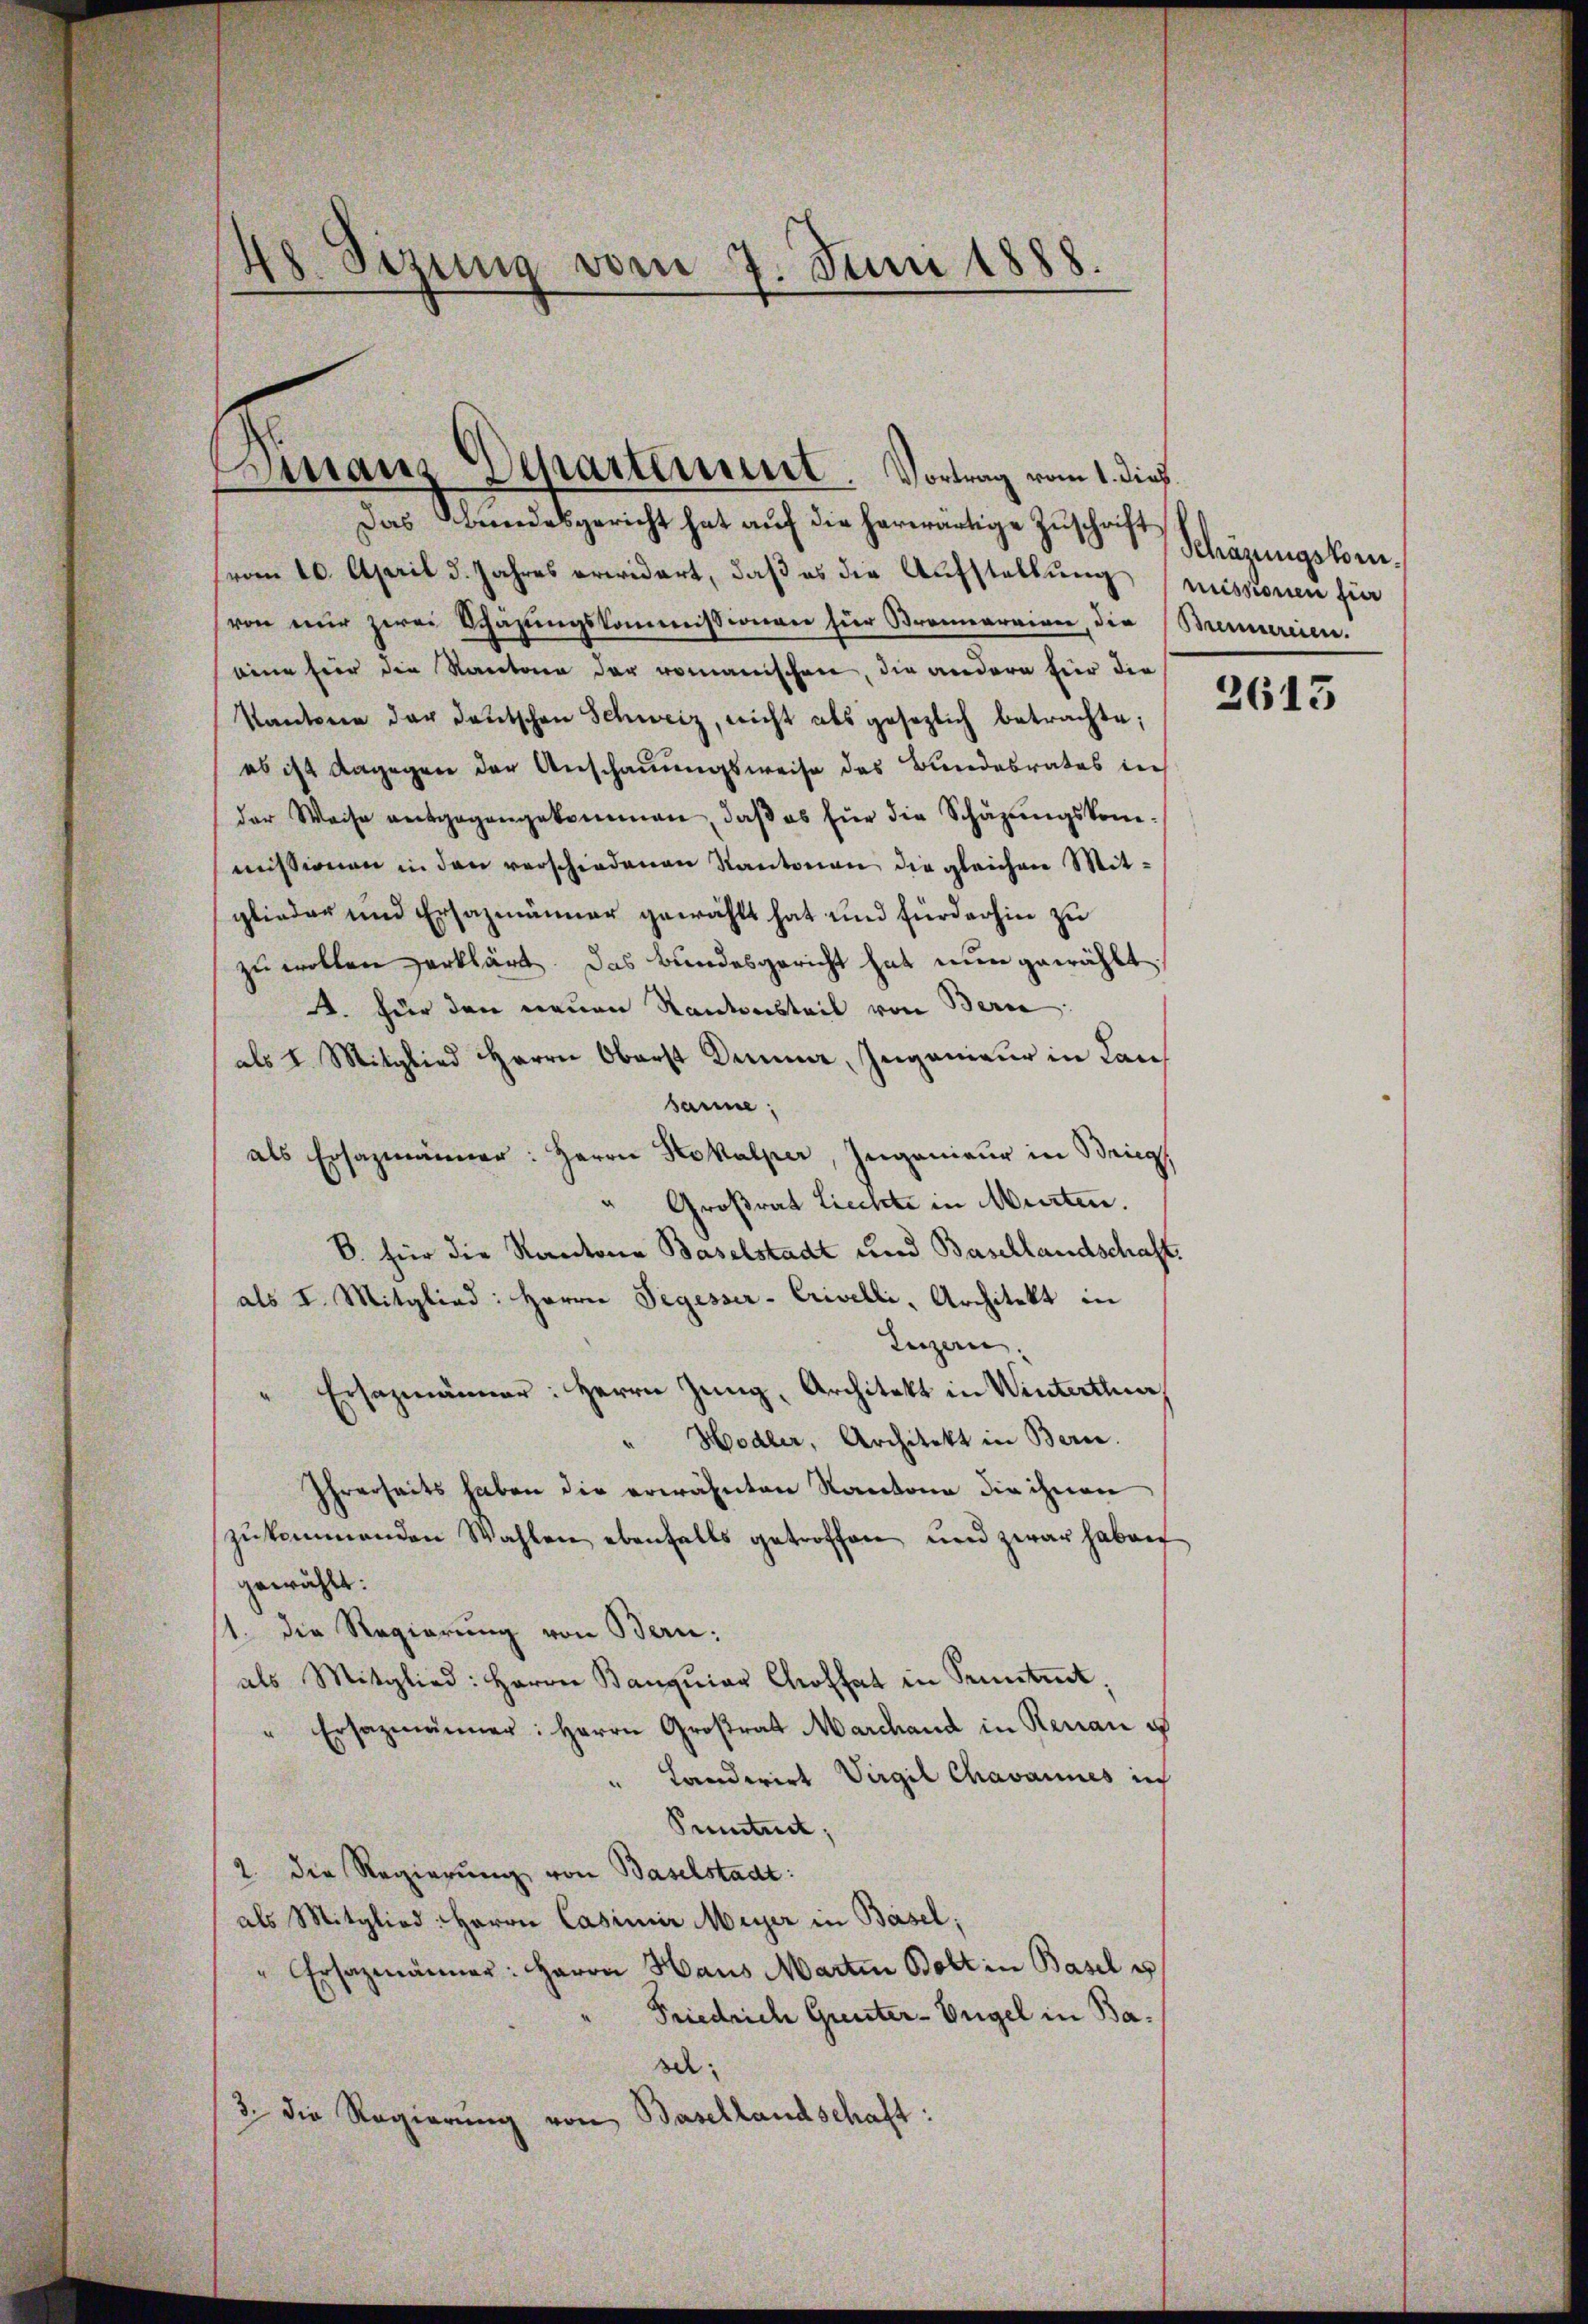
“
Ho. Sizung vom 7. Juni 1888.

Das Bundesgericht hat aŭf die herwärtige Zŭschrift
vom 10. April d. Jahres erwidert, daβ es die Aufstellŭng
von nur zwei Schazungskommissionen für Bronnerneren, die
eine für die Kantone der romanischen, die andere hier die
Kantone der deutschen Schweiz, nicht als gesezlich betrachte;
es ist dagegen der Anschauungsweise des Bundesrates in
der Weise ausgegangekommen, daβ es für die Schäzŭngskom-
missionen in den verschiedenen Kantonen die gleichen Mitglieder und Ersazmänner gewählt hat und fürderhin zu
zu wollen erklärt. Das Bundesgericht hat nun gewählt
. für den neuen Kantonsteil von Bern
als 1. Mitglied Herrn Oberst Dummer, Ingenieur in Laus
sanne
als Ersazmänner: Herrn Kokalper, Ingenieur in Brieg
" Großrat Liechte in Murten.
B. für die Kantona Baselstadt und Basellandschaft
als I. Mitglied: Herrn Segesser-Crivelli, Architekt in
Luzern.
" Ersazmänner: Herrn Zung, Architekt in Winterthur,
" Hodler, Architekt in Bern.
Ihrerseits haben die erwähnten Kantone die ihnen
zŭkommenden Wahlen ebenfalls getroffen und zwar haben
gewählt:
1. die Regierung von Bern:
als Mitglied: Herrn Banqŭiar Chofhat in Sonntent,
" Ersazmänner: Herrn Großrat Marchand in Renau u
" Landwirt Virgil Chavannes in
Pentnet;
2. die Regierung von Baselstadt:
als Mitglied: Herrn Casimir Meyer in Basel;
"Ersatzmänner: Herrn Haus Martin Bolt in Basel u
Friedrich Grenter-Engel in Base:
3. die Regierung von Basellandschaft:

Finanz Separtement. Vortrag vom 1. dies

Schäzungskommissionen für
Bennereien.

2613